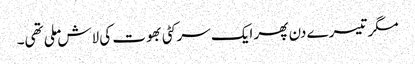
مگر تیسرے دن پھر ایک سرکٹی بھوت کی لاش ملی تھی۔